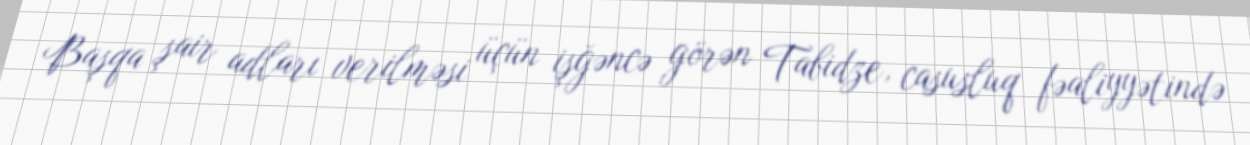
Başqa şair adları verilməsi üçün işğəncə görən Tabidze, casusluq fəaliyyətində